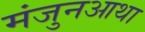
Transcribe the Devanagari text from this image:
मंजुनआथा